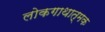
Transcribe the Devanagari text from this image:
लोकगाथात्मक